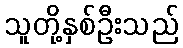
သူတို့နှစ်ဦးသည်